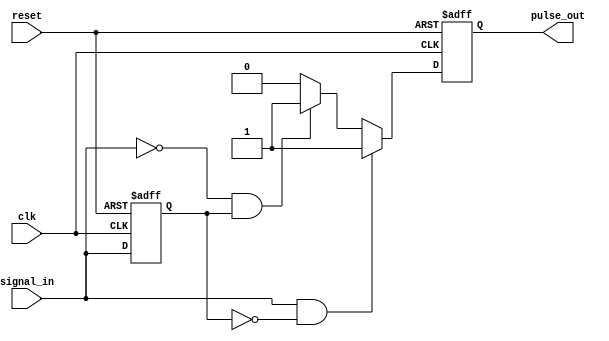
module pulse_edge_detector (
    input wire clk,              // Clock signal
    input wire reset,            // Asynchronous reset
    input wire signal_in,        // Input signal to detect edges
    output reg pulse_out         // Output pulse signal
);

    // Memory block to hold the previous state of the input signal
    reg previous_state;

    // Edge detection logic
    always @(posedge clk or posedge reset) begin
        if (reset) begin
            // Initialize on reset
            previous_state <= 1'b0;
            pulse_out <= 1'b0;
        end else begin
            // Edge detection
            if (signal_in && !previous_state) begin
                // Rising edge detected
                pulse_out <= 1'b1; // Generate pulse
            end else if (!signal_in && previous_state) begin
                // Falling edge detected
                pulse_out <= 1'b1; // Generate pulse
            end else begin
                // No edge detected
                pulse_out <= 1'b0; // Ensure pulse is low if no edge
            end
            
            // Update previous state
            previous_state <= signal_in;
        end
    end

endmodule